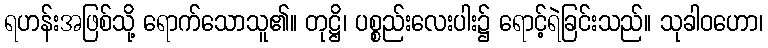
ရဟန်းအဖြစ်သို့ ရောက်သောသူ၏။ တုဋ္ဌိ၊ ပစ္စည်းလေးပါး၌ ရောင့်ရဲခြင်းသည်။ သုခါဝဟော၊